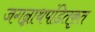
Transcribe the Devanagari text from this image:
जगन्नाथपंडितकृत